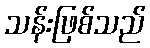
သန်းဖြစ်သည်